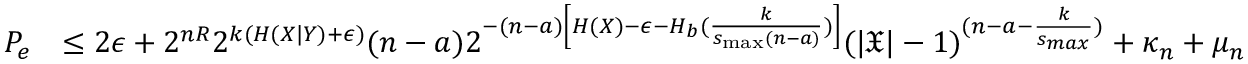
\begin{array} { r l } { P _ { e } } & { \le 2 \epsilon + 2 ^ { n R } 2 ^ { k ( H ( X | Y ) + \epsilon ) } ( n - a ) 2 ^ { - ( n - a ) \left[ H ( X ) - \epsilon - H _ { b } ( \frac { k } { s _ { \operatorname* { m a x } } ( n - a ) } ) \right] } ( | \mathfrak { X } | - 1 ) ^ { ( n - a - \frac { k } { s _ { m a x } } ) } + \kappa _ { n } + \mu _ { n } } \end{array}